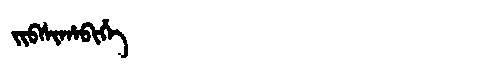
Manchu: ᠵᡳᠪᠰᡳᡥᠠᠪᡳᡥᡝ
Romanization: JIBSIHABIHE